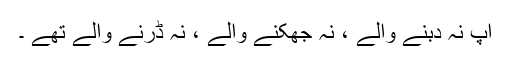
آپ نہ دبنے والے ، نہ جھکنے والے ، نہ ڈرنے والے تھے ۔